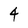
Character: 4